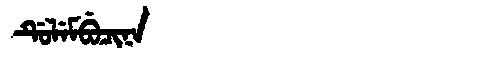
Manchu: ᡩᡠᠯᡝᠮᠪᡠᠴᡳᠨᠠ
Romanization: DULEMBUCINA